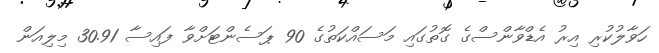
ހަވާލުކުރި އިރު އެޑްވާންސްގެ ގޮތުގައި މަސައްކަތުގެ 90 ޕަސެންޓަށްވާ ފައިސާ 30.91 މިލިއަން